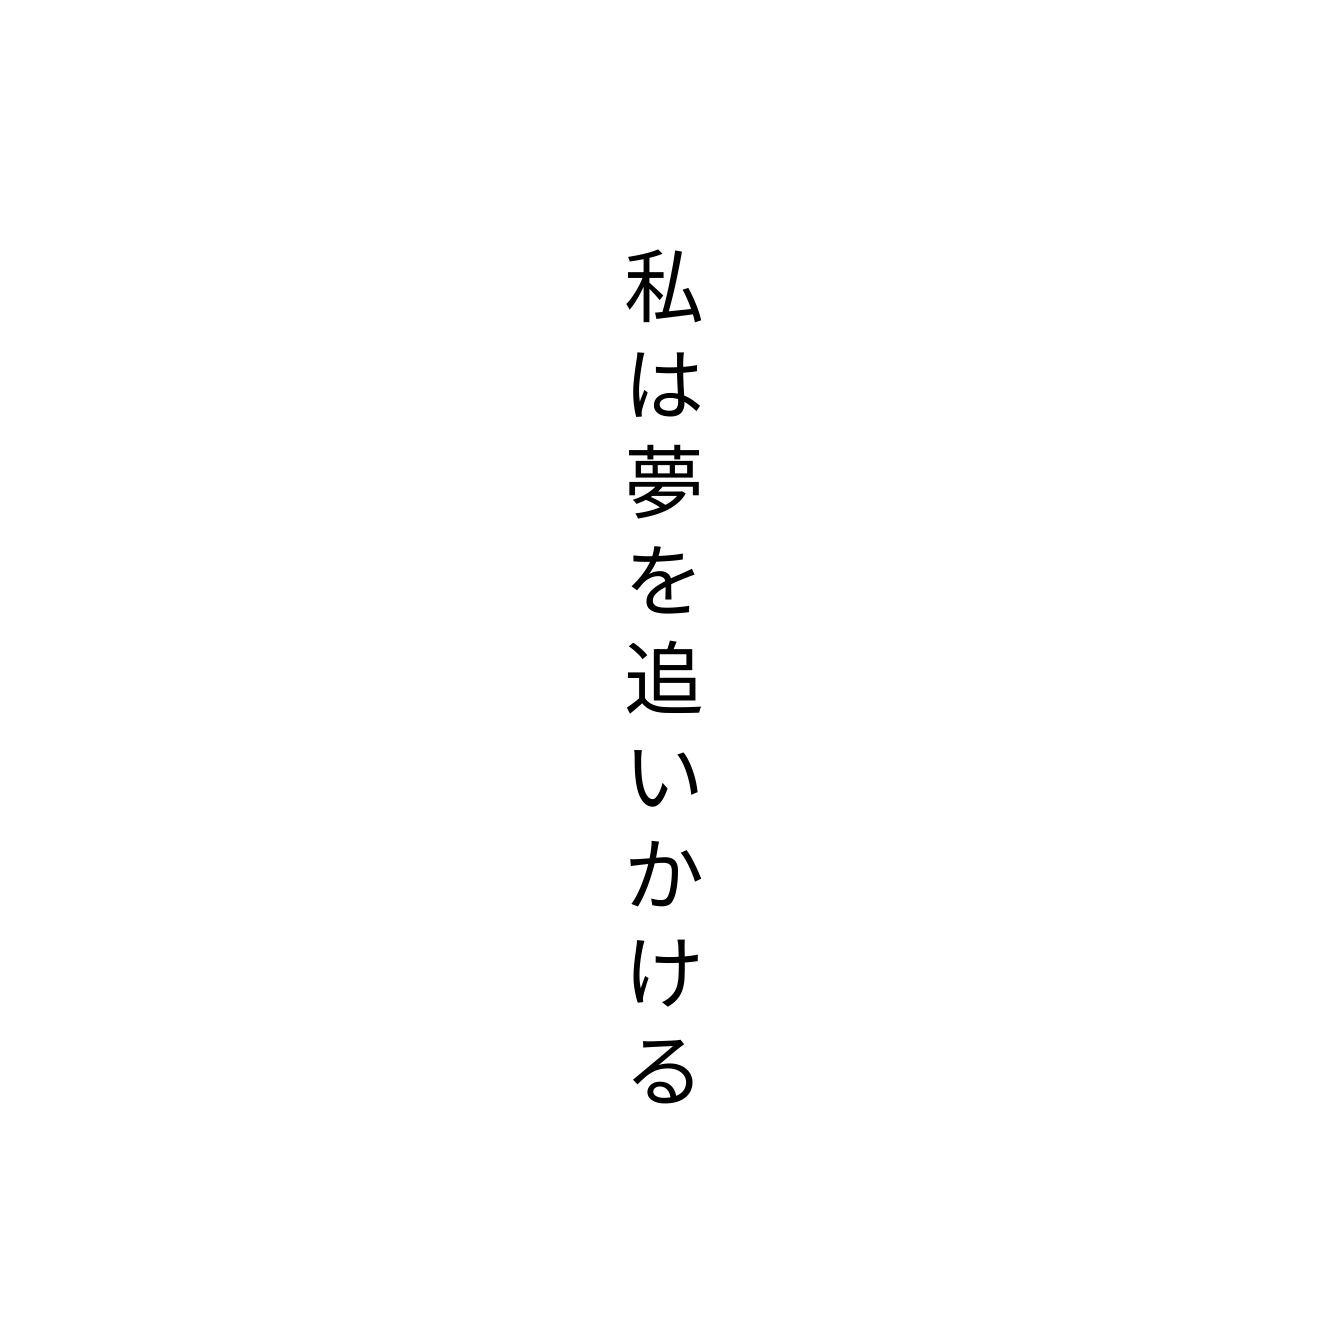
私は夢を追いかける